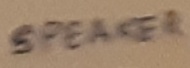
Text: SPEAKER